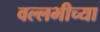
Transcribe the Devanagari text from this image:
वल्लभीच्या